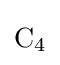
{\mathrm {C} {\vphantom {A}}_{\smash[{t}]{4}}}